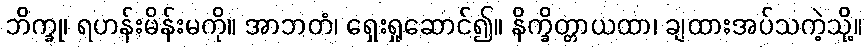
ဘိက္ခု၊ ရဟန်းမိန်းမကို။ အာဘတံ၊ ရှေးရှုဆောင်၍။ နိက္ခိတ္တာယထာ၊ ချထားအပ်သကဲ့သို့။